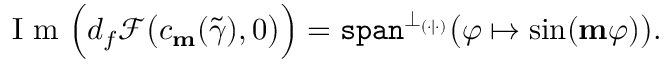
\textnormal { I m } \Big ( d _ { f } \mathscr { F } \big ( c _ { \mathbf { m } } ( \widetilde { \gamma } ) , 0 \big ) \Big ) = \mathtt { s p a n } ^ { \perp _ { ( \cdot | \cdot ) } } \big ( \varphi \mapsto \sin ( \mathbf { m } \varphi ) \big ) .